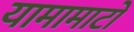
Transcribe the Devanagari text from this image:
यामामाटो